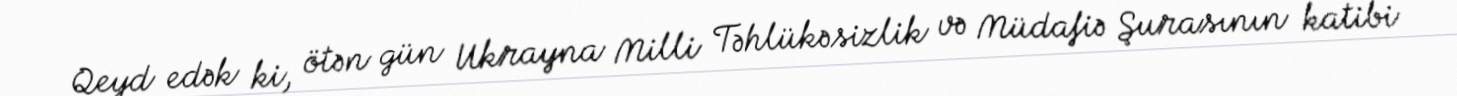
Qeyd edək ki, ötən gün Ukrayna Milli Təhlükəsizlik və Müdafiə Şurasının katibi